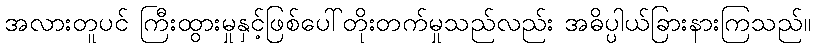
အလားတူပင် ကြီးထွားမှုနှင့်ဖြစ်ပေါ်တိုးတက်မှုသည်လည်း အဓိပ္ပါယ်ခြားနားကြသည်။